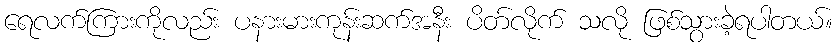
ရေလက်ကြားကိုလည်း ပနားမားကုန်းဆက်အနီး ပိတ်လိုက် သလို ဖြစ်သွားခဲ့ရပါတယ်။